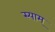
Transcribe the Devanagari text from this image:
स्याम्‌